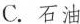
C.石油